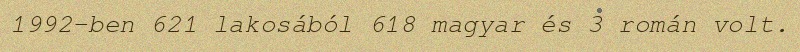
1992-ben 621 lakosából 618 magyar és 3 román volt.